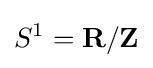
S^{1}=\mathbf {R} /\mathbf {Z}